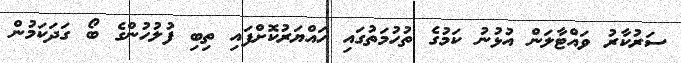
ސަރުކާރު ވައްޓާލަން އުޅުނު ކަމުގެ ތުހުމަތުގައި ހައްޔަރުކޮށްފައި ތިބި ފުލުހުންގެ ބޯ ގަދަކަމުން